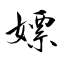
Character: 嫖